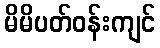
မိမိပတ်ဝန်းကျင်